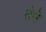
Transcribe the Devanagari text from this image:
तैने